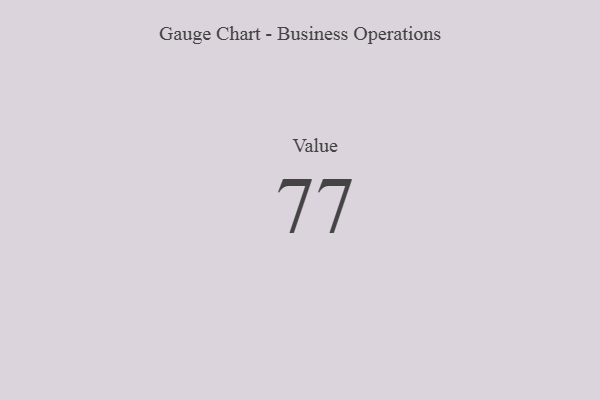
{"axis": {"x": "Metric", "y": "Value"}, "legend": [""], "data": [{"x": "Value", "y": 77, "type": ""}]}